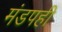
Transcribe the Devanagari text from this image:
मंडपही